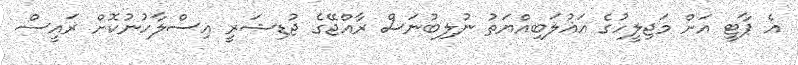
އެ ޕާޓީ އަށް މަޖިލީހުގެ އަޣުލަބިއްޔަތު ނުލިބުނަސް ރާއްޖޭގެ ޖުޑިޝަރީ އިސްލާހުނުކޮށް ރައީސް